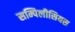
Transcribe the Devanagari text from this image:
सम्पिलीसियस